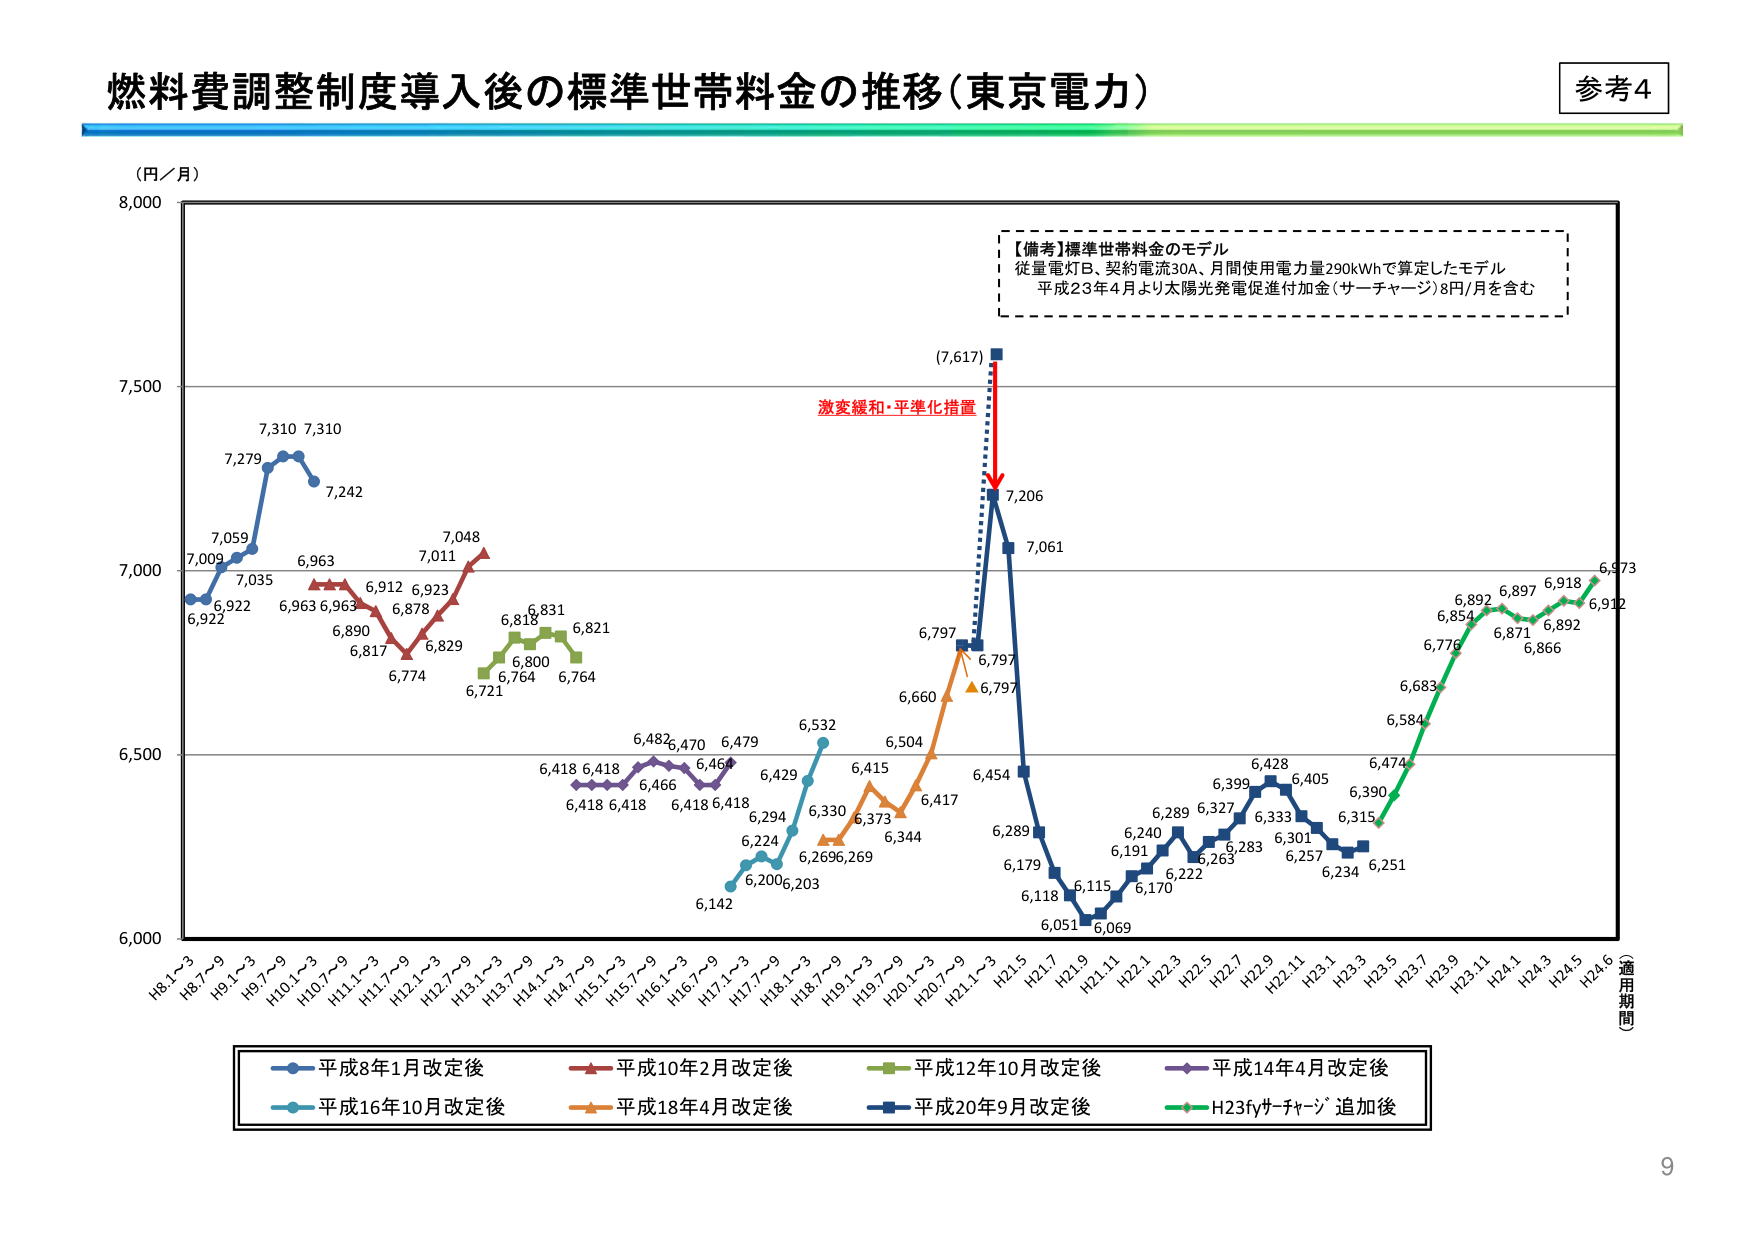
燃料費調整制度導入後の標準世帯料金の推移（東京電力）

参考4

（円／月）

【備考】標準世帯料金のモデル
従量電灯B、契約電流30A、月間使用電力量290kWhで算定したモデル
平成23年4月より太陽光発電促進付加金（サーチャージ）8円/月を含む

7,009
6,922
7,059
7,035
7,279
7,310
7,310
7,242
6,963
6,963
6,912
6,923
6,878
6,829
6,774
6,817
7,011
7,048
6,721
6,764
6,800
6,818
6,831
6,821
6,418
6,418
6,466
6,482
6,470
6,464
6,479
6,418
6,418
6,294
6,224
6,142
6,200
6,203
6,532
6,330
6,269
6,269
6,373
6,344
6,415
6,504
6,417
6,660
6,797
6,797
6,797
(7,617)
7,206
7,061
6,454
6,289
6,179
6,051
6,069
6,115
6,170
6,222
6,263
6,283
6,333
6,301
6,257
6,234
6,251
6,315
6,390
6,474
6,584
6,683
6,776
6,854
6,892
6,871
6,897
6,892
6,866
6,918
6,912
6,973

H8.1～3
H8.7～9
H9.1～3
H9.7～9
H10.1～3
H10.7～9
H11.1～3
H11.7～9
H12.1～3
H12.7～9
H13.1～3
H13.7～9
H14.1～3
H14.7～9
H15.1～3
H15.7～9
H16.1～3
H16.7～9
H17.1～3
H17.7～9
H18.1～3
H18.7～9
H19.1～3
H19.7～9
H20.1～3
H20.7～9
H21.1～3
H21.5
H21.9
H22.1
H22.3
H22.5
H22.7
H22.9
H23.1
H23.3
H23.5
H23.7
H23.9
H23.11
H24.1
H24.3
H24.5
H24.6
適用期間

激変緩和・平準化措置

平成8年1月改定後
平成10年2月改定後
平成12年10月改定後
平成14年4月改定後
平成16年10月改定後
平成18年4月改定後
平成20年9月改定後
H23fサーチャージ追加後

9